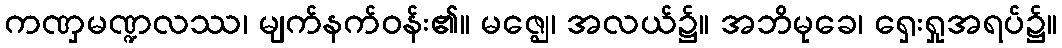
ကဏှမဏ္ဍလဿ၊ မျက်နက်ဝန်း၏။ မဇ္ဈေ၊ အလယ်၌။ အဘိမုခေ၊ ရှေးရှုအရပ်၌။